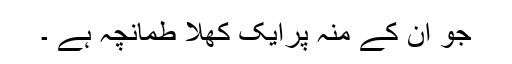
جو ان کے منہ پرایک کھلا طمانچہ ہے ۔